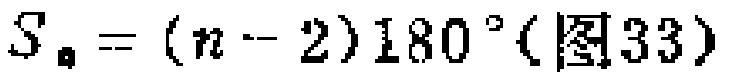
$S_{n}=(n - 2)180^{\circ}(\text{图}33)$